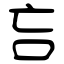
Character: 吂